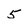
Character: 5